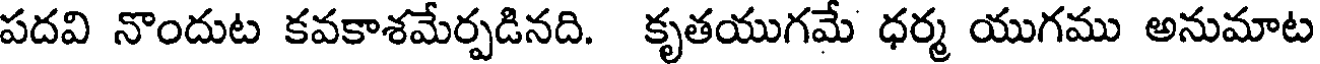
పదవి నొందుట కవకాశమేర్పడినది. కృతయుగమే ధర్మ యుగము అనుమాట